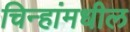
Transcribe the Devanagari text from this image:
चिन्हांमधील